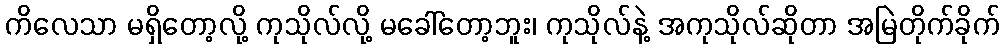
ကိလေသာ မရှိတော့လို့ ကုသိုလ်လို့ မခေါ်တော့ဘူး၊ ကုသိုလ်နဲ့ အကုသိုလ်ဆိုတာ အမြဲတိုက်ခိုက်